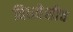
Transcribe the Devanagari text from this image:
विधवेशीच